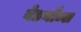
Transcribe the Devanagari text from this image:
बेडनौब्स